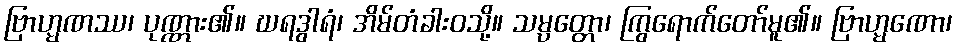
ဗြာဟ္မဏဿ၊ ပုဏ္ဏား၏။ ဃရဒွါရံ၊ အိမ်တံခါးဝသို့။ သမ္ပတ္တော၊ ကြွရောက်တော်မူ၏။ ဗြာဟ္မဏော၊